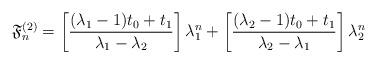
LaTeX: \begin{align*}\mathfrak{F}_n^{(2)}=\left[\displaystyle \frac{(\lambda_1 - 1)t_0 + t_1}{\lambda_1 - \lambda_2}\right]\lambda_1^n +\left[\displaystyle \frac{(\lambda_2 - 1)t_0 + t_1}{\lambda_2 - \lambda_1}\right]\lambda_2^n\end{align*}